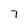
Character: 7